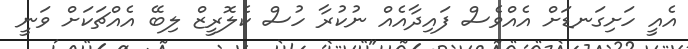
އެއީ ހަށިގަނޑަށް އެއްވެސް ފައިދާއެއް ނުކުރާ ހުސް ކެލޮރީޒް ލިބޭ އެއްޗަކަށް ވަނީ